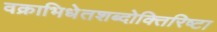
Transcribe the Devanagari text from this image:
वक्राभिधेतशब्दोक्तिरिष्टा